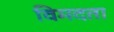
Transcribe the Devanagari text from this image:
विमदता